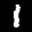
Label: 1